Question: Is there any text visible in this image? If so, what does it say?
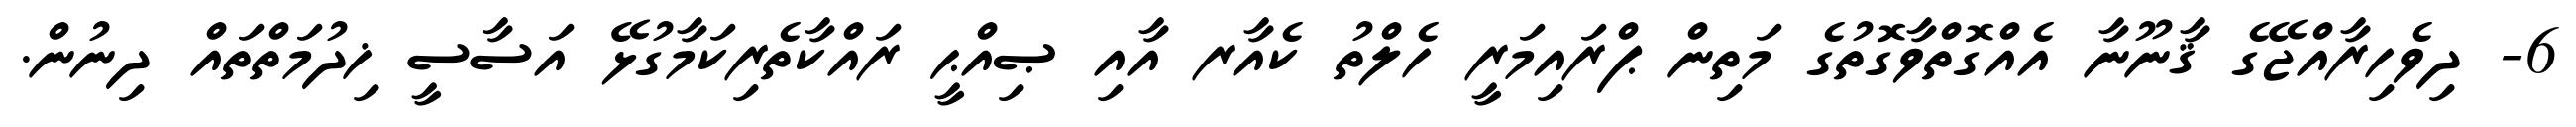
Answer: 6- ދިވެހިރާއްޖޭގެ ޤާނޫނާ އެއްގޮތްވާގޮތުގެ މަތިން ޕްރައިމަރީ ހެލްތު ކެއާރ އާއި ޞިއްޙީ ރައްކާތެރިކަމާގުޅޭ އަސާސީ ޚިދުމަތްތައް ދިނުން.